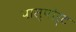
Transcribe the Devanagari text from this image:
पास्पोर्ट